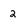
Character: 2